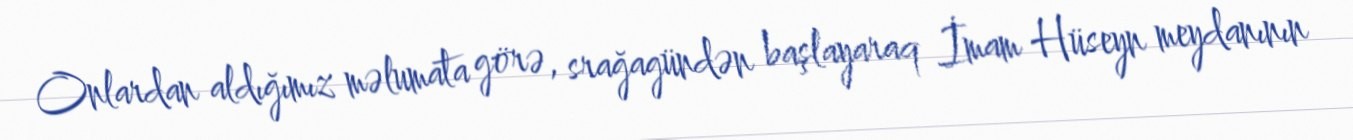
Onlardan aldığımız məlumata görə, srağagündən başlayaraq İmam Hüseyn meydanının